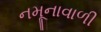
નમૂનાવાળી